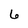
Character: 6